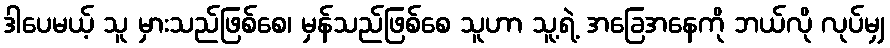
ဒါပေမယ့် သူ မှားသည်ဖြစ်စေ၊ မှန်သည်ဖြစ်စေ သူဟာ သူ့ရဲ့ အခြေအနေကို ဘယ်လို လုပ်မျှ